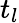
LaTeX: t_{l}